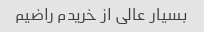
بسیار عالی از خریدم راضیم